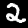
Digit: 2